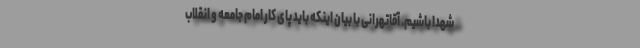
شهدا باشیم. آقاتهرانی با بیان اینکه باید پای کار امام جامعه و انقلاب